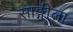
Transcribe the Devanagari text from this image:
साङ्गीला